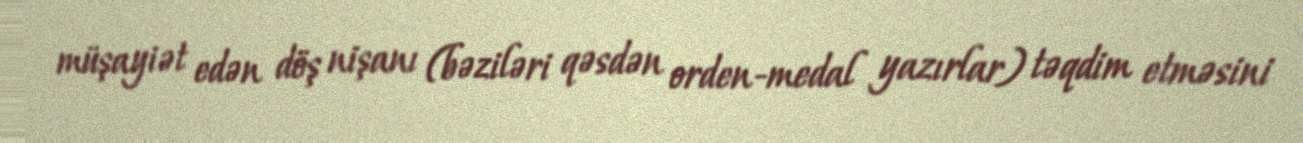
müşayiət edən döş nişanı (bəziləri qəsdən orden-medal yazırlar) təqdim etməsini